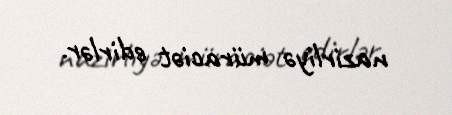
nazirliyə müraciət edirlər.